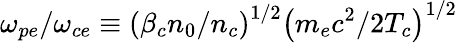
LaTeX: \omega_{pe}/\omega_{ce}\equiv\left(\beta_{c}n_{0}/n_{c}\right)^{1/2}\left(m_{e}c^{2}/2T_{c}\right)^{1/2}